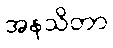
အနသိတာ